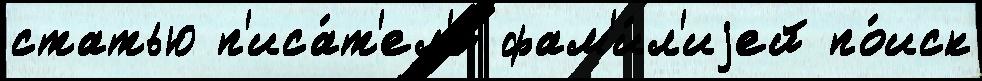
статью п'иса́т'ел'я фам'и́л'иjей по́иск